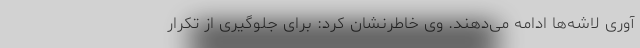
آوری لاشه‌ها ادامه می‌دهند. وی خاطرنشان کرد: برای جلوگیری از تکرار